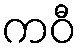
ကဝီ